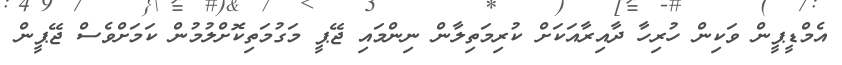
އެމްޑީޕީން ވަކިން ހުރިހާ ދާއިރާއަކަށް ކުރިމަތިލާން ނިންމައި ޖޭޕީ މަގުމަތިކޮށްލުމުން ކަމަށްވެސް ޖޭޕީން